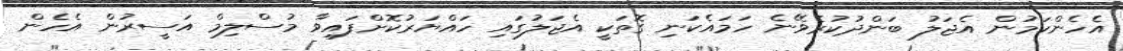
އެހެންކަމުން އެޖަލު ބަންދުކުރެވޭނެ ހަމައެކަނި ގޮތަކީ އެޖަލުގައި ހައްޔަރުކޮށްފައިވާ މުސްލިމް އަސީރުން އެހެން